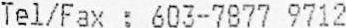
TEL/FAX : 603-7877 9712